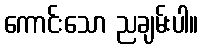
ကောင်းသော ညချမ်းပါ။